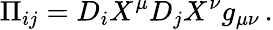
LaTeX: \Pi_{ij}=D_{i}X^{\mu}D_{j}X^{\nu}g_{\mu\nu}\, .